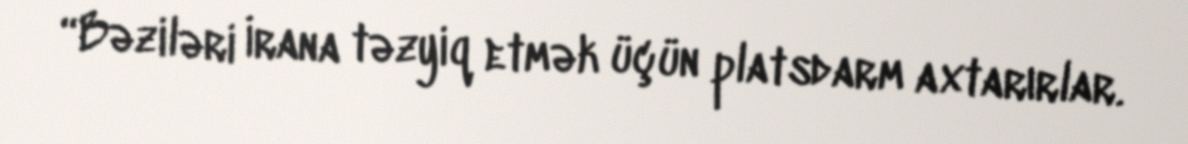
“Bəziləri İrana təzyiq etmək üçün platsdarm axtarırlar.